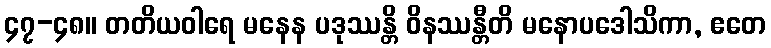
၄၇-၄၈။ တတိယဝါရေ မနေန ပဒုဿန္တိ ဝိနဿန္တီတိ မနောပဒေါသိကာ, ဧတေ